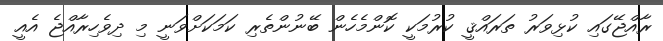
ރާއްޖޭގައި ކުޅިވަރު ތަރައްޤީ ކުރުމަކީ ކޮންމެހެން ބޭނުންތެރި ކަމަކަށްވަނީ މި ދިވެހިރާއްޖެ އެއީ